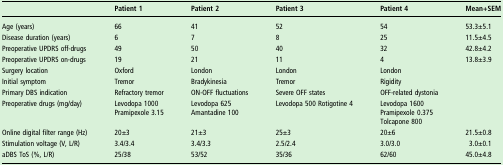
<table><thead><tr><td></td><td><b>Patient 1</b></td><td><b>Patient 2</b></td><td><b>Patient 3</b></td><td><b>Patient 4</b></td><td><b>Mean+SEM</b></td></tr></thead><tbody><tr><td>Age (years)</td><td>66</td><td>41</td><td>52</td><td>54</td><td>53.3±5.1</td></tr><tr><td>Disease duration (years)</td><td>6</td><td>7</td><td>8</td><td>25</td><td>11.5±4.5</td></tr><tr><td>Preoperative UPDRS off-drugs</td><td>49</td><td>50</td><td>40</td><td>32</td><td>42.8±4.2</td></tr><tr><td>Preoperative UPDRS on-drugs</td><td>19</td><td>21</td><td>11</td><td>4</td><td>13.8±3.9</td></tr><tr><td>Surgery location</td><td>Oxford</td><td>London</td><td>London</td><td>London</td><td></td></tr><tr><td>Initial symptom</td><td>Tremor</td><td>Bradykinesia</td><td>Tremor</td><td>Rigidity</td><td></td></tr><tr><td>Primary DBS indication</td><td>Refractory tremor</td><td>ON-OFF fluctuations</td><td>Severe OFF states</td><td>OFF-related dystonia</td><td></td></tr><tr><td>Preoperative drugs (mg/day)</td><td>Levodopa 1000Pramipexole 3.15</td><td>Levodopa 625Amantadine 100</td><td>Levodopa 500 Rotigotine 4</td><td>Levodopa 1600Pramipexole 0.375Tolcapone 800</td><td></td></tr><tr><td>Online digital filter range (Hz)</td><td>20±3</td><td>21±3</td><td>25±3</td><td>20±6</td><td>21.5±0.8</td></tr><tr><td>Stimulation voltage (V, L/R)</td><td>3.4/3.4</td><td>3.4/3.3</td><td>2.5/2.4</td><td>3.0/3.0</td><td>3.0±0.1</td></tr><tr><td>aDBS ToS (%, L/R)</td><td>25/38</td><td>53/52</td><td>35/36</td><td>62/60</td><td>45.0±4.8</td></tr></tbody></table>